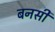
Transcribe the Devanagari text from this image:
बनसी